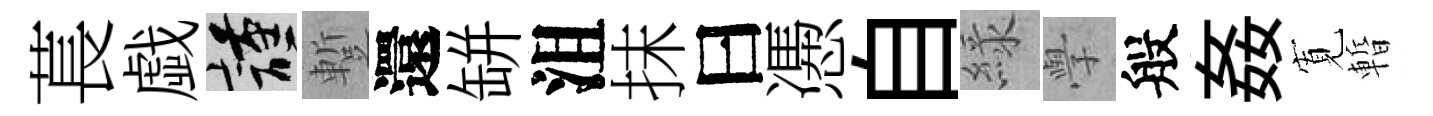
萇戯謹蹔還缾沮抹曰慿自緑𭓕般姦𡩖暫